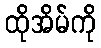
ထိုအိမ်ကို